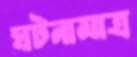
ঘটনামাত্র